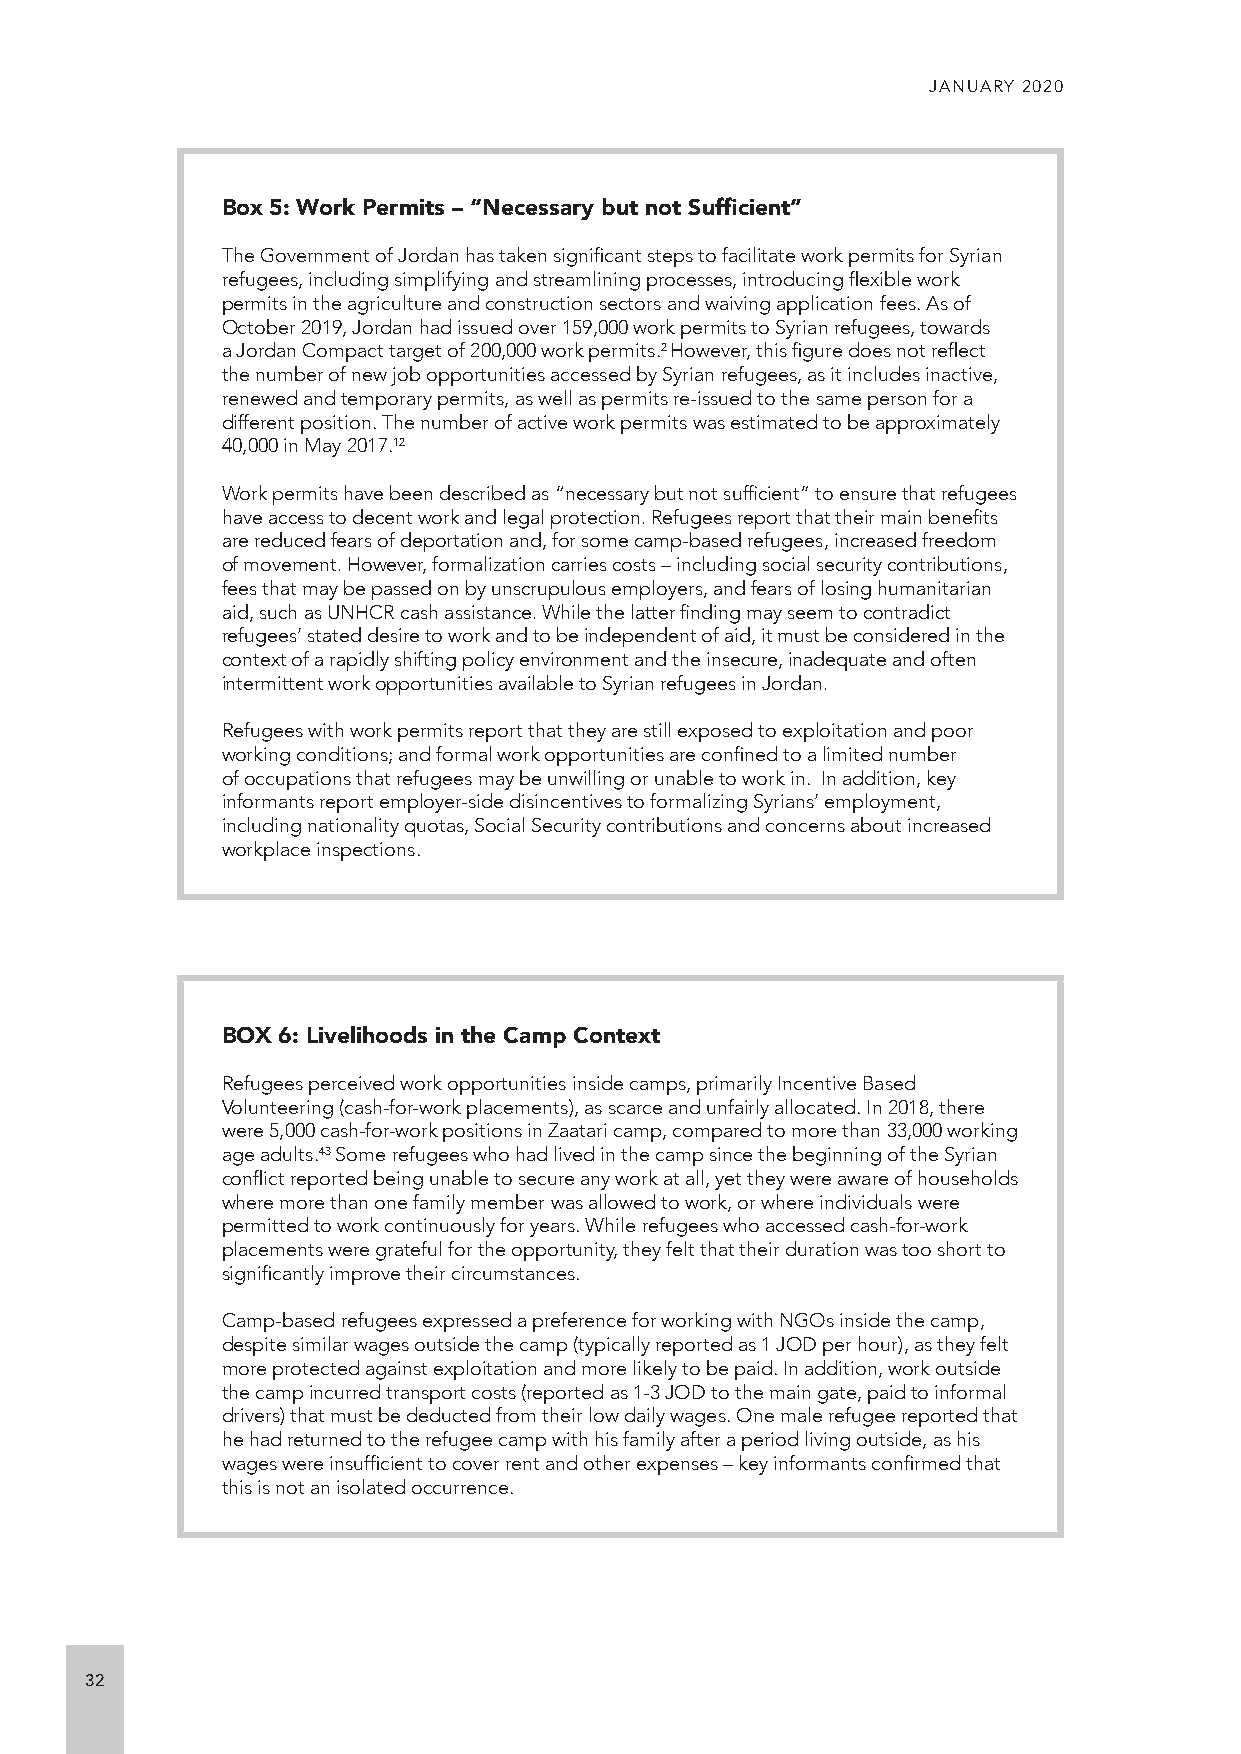
JANUARY 2020
 Box 5: Work Permits – “Necessary but not Sufficient”
 The Government of Jordan has taken significant steps to facilitate work permits for Syrian
 refugees, including simplifying and streamlining processes, introducing flexible work
 permits in the agriculture and construction sectors and waiving application fees. As of
 October 2019, Jordan had issued over 159,000 work permits to Syrian refugees, towards
 a Jordan Compact target of 200,000 work permits.2 However, this figure does not reflect
 the number of new job opportunities accessed by Syrian refugees, as it includes inactive,
 renewed and temporary permits, as well as permits re-issued to the same person for a
 different position. The number of active work permits was estimated to be approximately
 40,000 in May 2017.12
 Work permits have been described as “necessary but not sufficient” to ensure that refugees
 have access to decent work and legal protection. Refugees report that their main benefits
 are reduced fears of deportation and, for some camp-based refugees, increased freedom
 of movement. However, formalization carries costs – including social security contributions,
 fees that may be passed on by unscrupulous employers, and fears of losing humanitarian
 aid, such as UNHCR cash assistance. While the latter finding may seem to contradict
 refugees’ stated desire to work and to be independent of aid, it must be considered in the
 context of a rapidly shifting policy environment and the insecure, inadequate and often
 intermittent work opportunities available to Syrian refugees in Jordan.
 Refugees with work permits report that they are still exposed to exploitation and poor
 working conditions; and formal work opportunities are confined to a limited number
 of occupations that refugees may be unwilling or unable to work in. In addition, key
 informants report employer-side disincentives to formalizing Syrians’ employment,
 including nationality quotas, Social Security contributions and concerns about increased
 workplace inspections.
 BOX 6: Livelihoods in the Camp Context
 Refugees perceived work opportunities inside camps, primarily Incentive Based
 Volunteering (cash-for-work placements), as scarce and unfairly allocated. In 2018, there
 were 5,000 cash-for-work positions in Zaatari camp, compared to more than 33,000 working
 age adults.43 Some refugees who had lived in the camp since the beginning of the Syrian
 conflict reported being unable to secure any work at all, yet they were aware of households
 where more than one family member was allowed to work, or where individuals were
 permitted to work continuously for years. While refugees who accessed cash-for-work
 placements were grateful for the opportunity, they felt that their duration was too short to
 significantly improve their circumstances.
 Camp-based refugees expressed a preference for working with NGOs inside the camp,
 despite similar wages outside the camp (typically reported as 1 JOD per hour), as they felt
 more protected against exploitation and more likely to be paid. In addition, work outside
 the camp incurred transport costs (reported as 1-3 JOD to the main gate, paid to informal
 drivers) that must be deducted from their low daily wages. One male refugee reported that
 he had returned to the refugee camp with his family after a period living outside, as his
 wages were insufficient to cover rent and other expenses – key informants confirmed that
 this is not an isolated occurrence.
 32